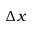
\Delta x